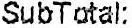
SUBTOTAL: